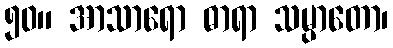
၅၀။ အာသာရော ဓာရာ သမ္ပာတော၊